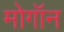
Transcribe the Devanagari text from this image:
मोगॉन